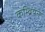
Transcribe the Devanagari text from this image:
कम्ब्रियन